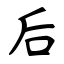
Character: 后